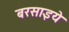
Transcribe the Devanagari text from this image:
बरसाइये